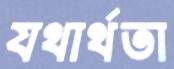
যথার্থতা